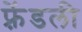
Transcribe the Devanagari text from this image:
फ़्रेंडली